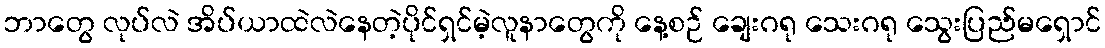
ဘာတွေ လုပ်လဲ အိပ်ယာထဲလဲနေတဲ့ပိုင်ရှင်မဲ့လူနာတွေကို နေ့စဉ် ချေးဂရု သေးဂရု သွေးပြည်မရှောင်